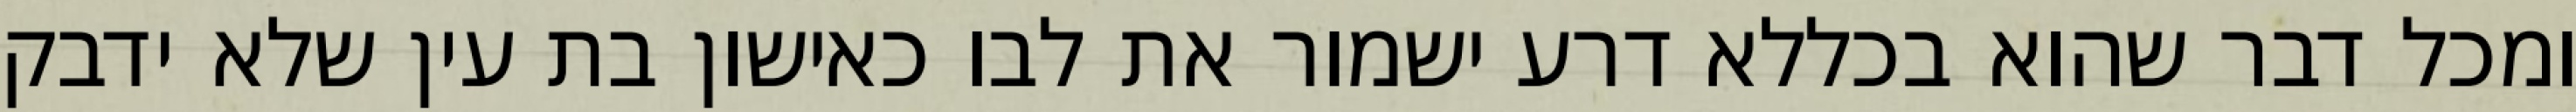
ומכל דבר שהוא בכללא דרע ישמור את לבו כאישון בת עין שלא ידבק